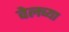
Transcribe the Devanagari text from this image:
वेलच्या